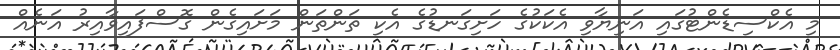
މި އެކްސިޑެންޓުގައި އަނިޔާވި އެކަކުގެ ހަށިގަނޑުގެ އެކި ތަންތަން މަށައިގެން ގޮސްފައިވާއިރު އަނެއް